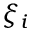
\xi _ { i }